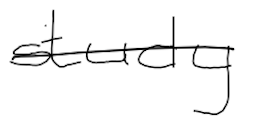
Text: study
Cross-out: single-line
Writing tool: digital_black